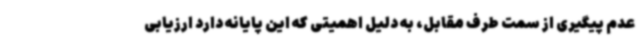
عدم پیگیری از سمت طرف مقابل، به دلیل اهمیتی که این پایانه دارد ارزیابی